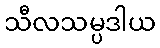
သီလသမ္ပဒါယ